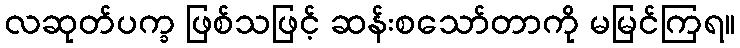
လဆုတ်ပက္ခ ဖြစ်သဖြင့် ဆန်းစသော်တာကို မမြင်ကြရ။